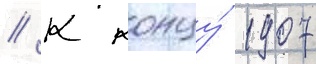
// К концу́ 1907